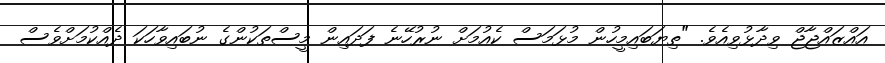
އައްޒައްޖާޖް ވިދާޅުވިއެވެ. "ތިޔަބައިމީހުން މުޅަމަސް ކެއުމަށް ނުރުހޭނެ ފަދައިން މީސްތަކުންގެ ނުބައިވާހަކަ ދެއްކުމަށްވެސް